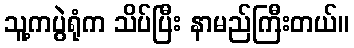
သူ့ကပွဲရုံက သိပ်ပြီး နာမည်ကြီးတယ်။